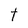
Character: t